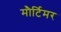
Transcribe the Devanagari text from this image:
मौर्टिमर